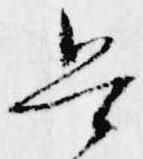
兵